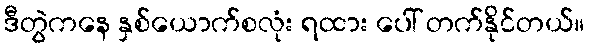
ဒီတွဲကနေ နှစ်ယောက်စလုံး ရထား ပေါ် တက်နိုင်တယ်။